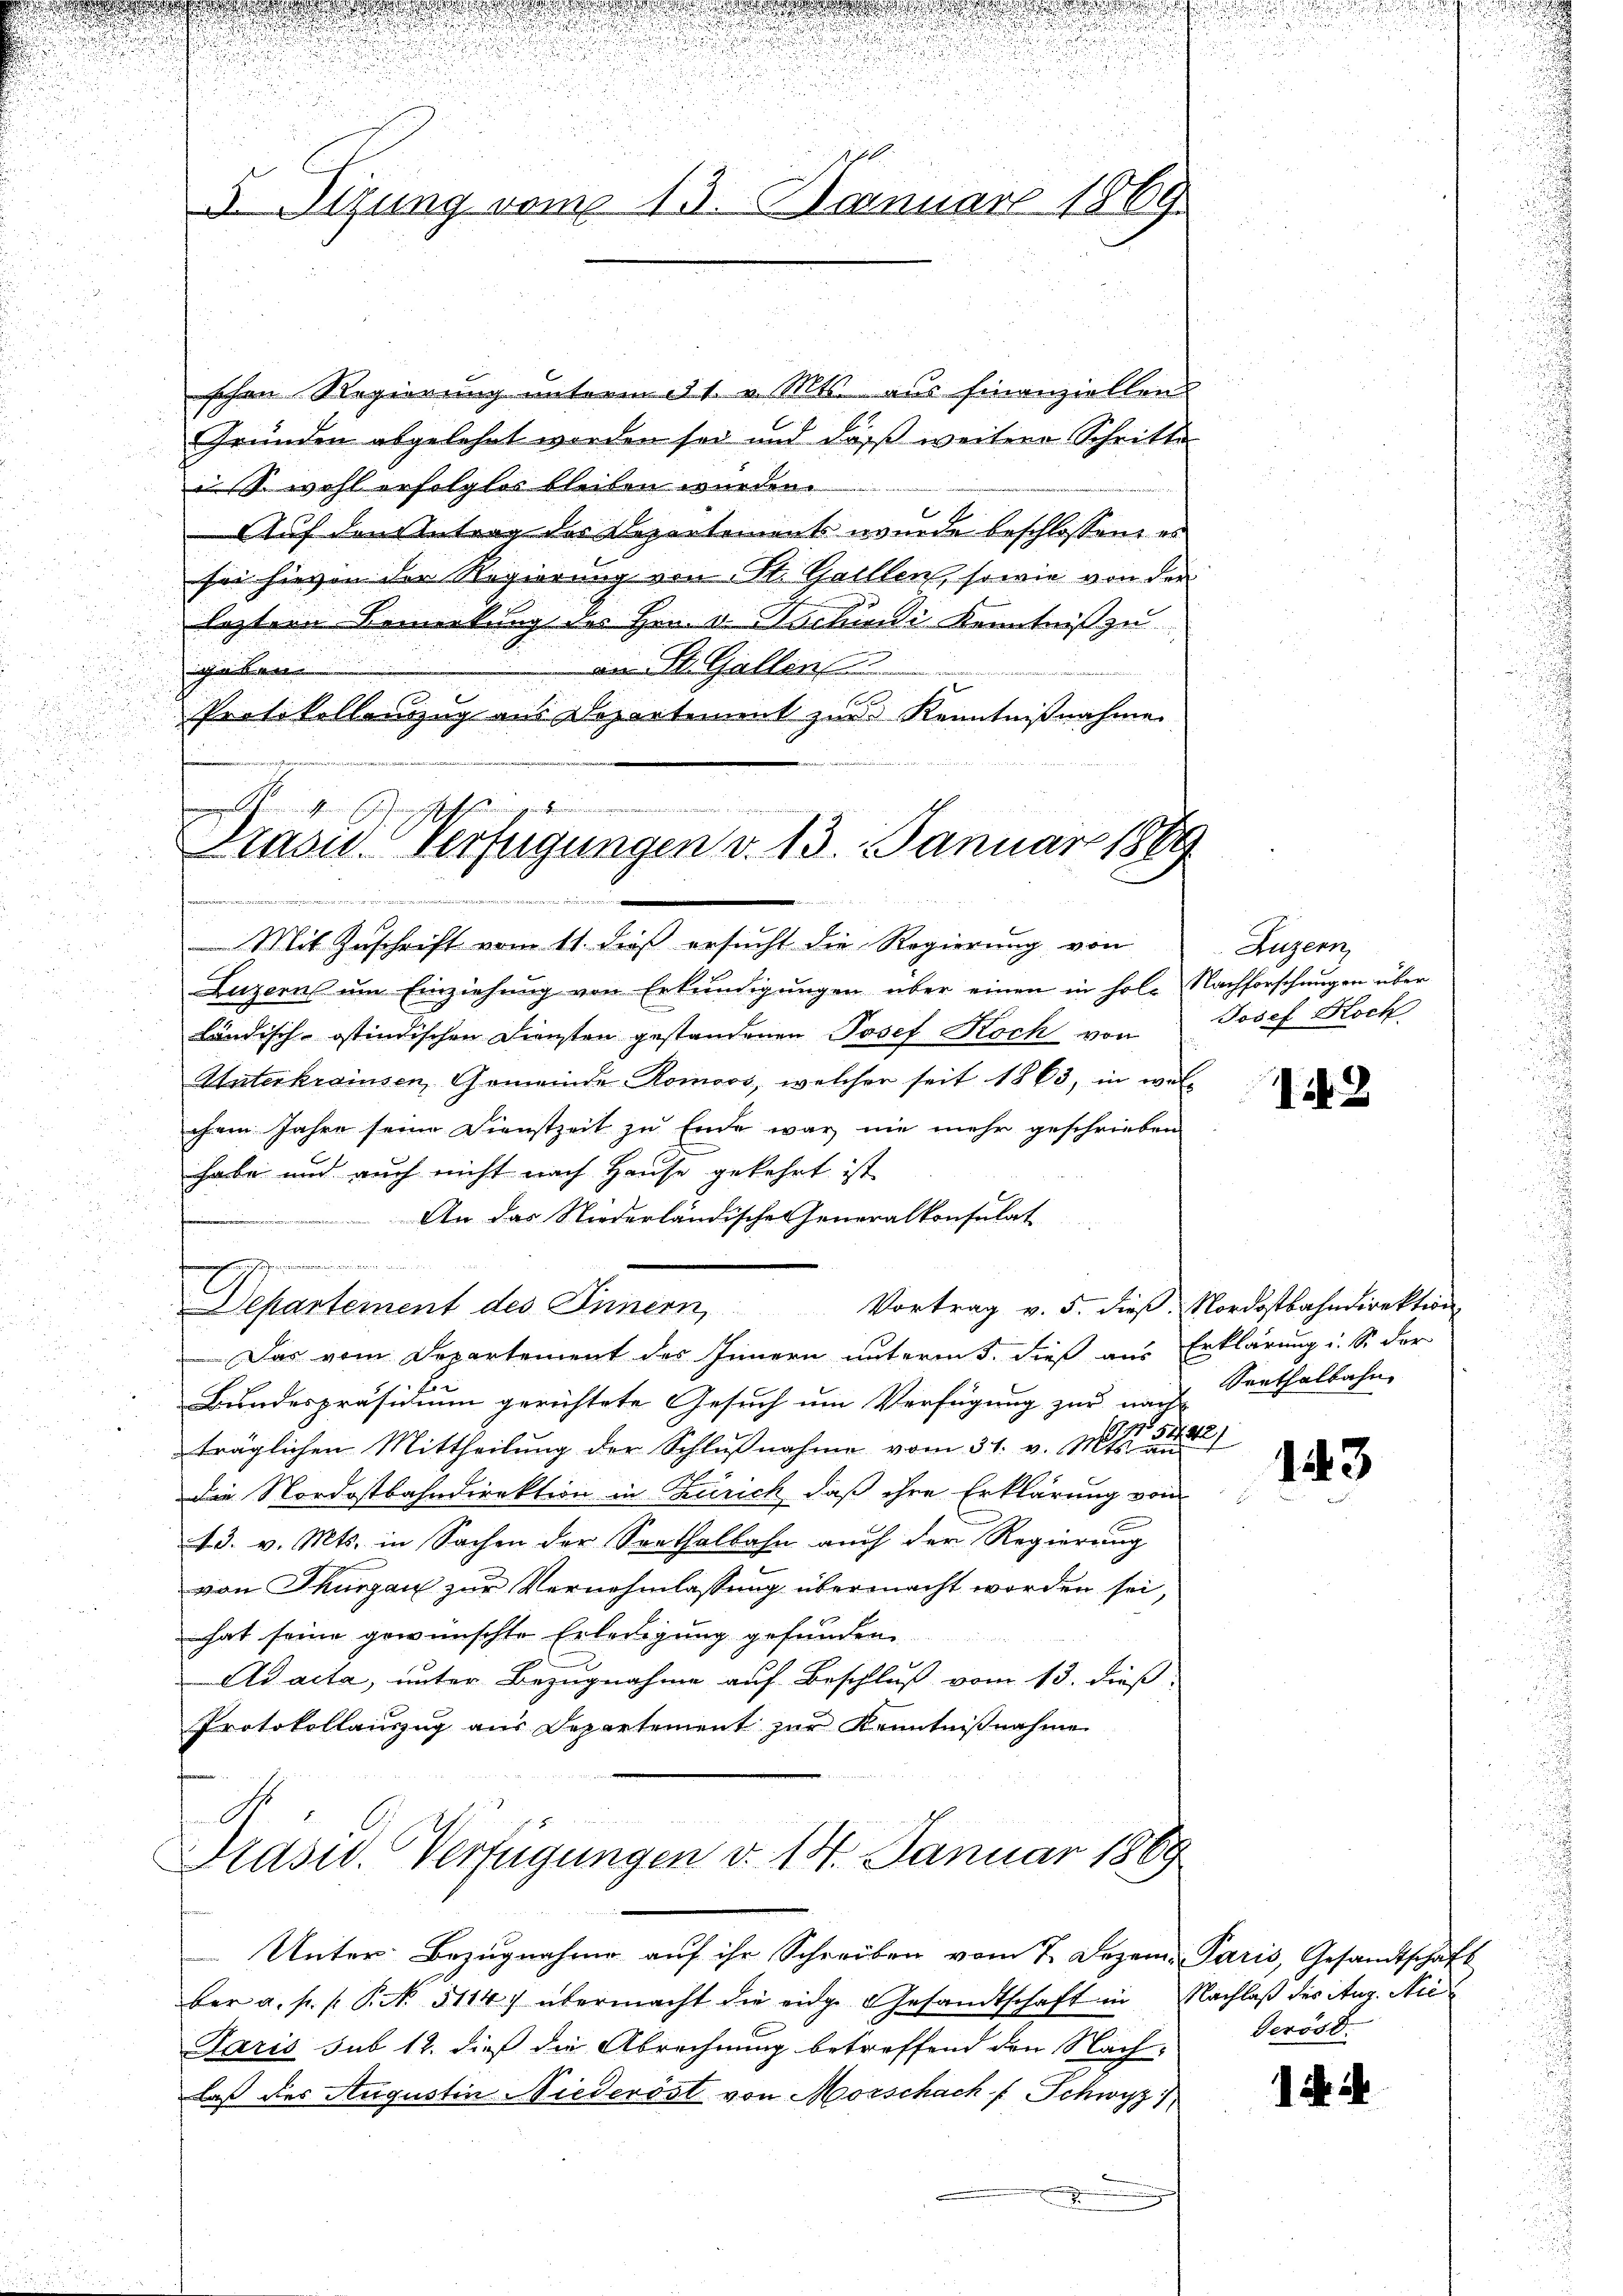
5 Tizung vom 13. Januar 1869.

schen Regierung unterm 21. v. Mts. aus finanziellen
Gründen abgelehnt worden sei und daß weitere Schritte
swohl erfolglos bleiben würden.
Auf den Antrag des Departements wurde beschlossene er
sei hievon der Regierung von St. Gallen, sowie von der
leztere Bemerkung des Hrn. v. Suchini Kenntniß zu
.
an St. Gallen
a
s
Protokollandzug aus Departement zur Kenntnißnahme

is in den wiedenen

Kasu. Verfügungen d. 13. Januar 1869
ii, wenn mari
52

e
l

e

u
n

s

Mit Zuschrift vom 11. dieß ersucht die Regierung von
Luzerns um Einziehung von Erkundigungen über einen in hole Nachforschungen über
ländisch-ostindischen Diensten gestandenen Josef Koch von
Unterkraisen, Gemeinde Romoos, welcher seit 1863, in wel-
chem Jahre seine Dienstzeit zu Ende war nie mehr geschrieben
habe und auch nicht nach Hause gekehrt ist
An das Niederländische Generalkonsulat

Separtement des Innern Vortrag v. 5. dieβ, Nordostbahndirektion
Das vom Departement des Innern unterm 5. dieß aus Erklärung i. S. der
Bundespräsidium gerichtete Gesuch um Verfügung zur nach Seethalbahn-
träglichen Mittheilŭng der Schlŭβnahme vom 31. v. Mts.
Die Nordostbahndirektion in Zürich, daß ihre Erklärung vom
13. v. Mts. in Sachen der Seethalbahn auch der Regierung
von Thurgau zur Vernehmlassung übermacht worden sei,
hat seine gewünschte Erledigung gefunden
Ad acta, unter Bezugnahme auf Beschluß vom 13. dieß
Protokollauszug aus Departement zur Kenntnißnahme
Präsid. Verfügungen d. 14. Januar 1889
Unter Bezugnahme auf ihr Schreiben vom 7. Dezem. Paris, Gesandtschaft
ber a. p. s. S. 5114) übermacht die eige Gesandtschaft in Nachlaß des Aug. Nie¬
Paris sub 12. dieß die Abrechnung betreffend den Nach-
laß des Augustin Niederöst von Morschach Schwyz)

Luzern,
Josef Hoch

ik. D

143

deröst

i i